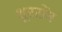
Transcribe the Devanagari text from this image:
शूरसेंन